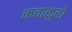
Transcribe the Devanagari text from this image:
कवाकुबो